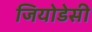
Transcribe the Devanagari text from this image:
जियोडेसी